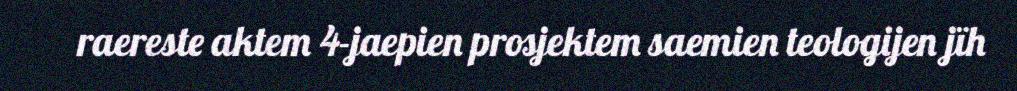
raereste aktem 4-jaepien prosjektem saemien teologijen jïh